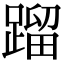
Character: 蹓